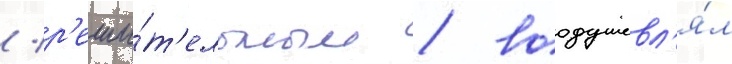
/ р'еши́т'ельным / воодушевл'я́л